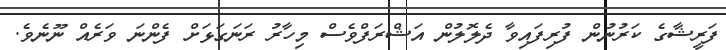
ފަރީޝާގެ ކަރުނުން ފުރިފައިވާ ދެލޮލުން އަޝްރަފްވެސް މިހާރު ރަނަގަޅަށް ފެންނަ ވަރެއް ނޫނެވެ.